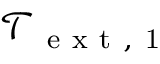
\mathcal { T } _ { \mathrm { ~ e ~ x ~ t ~ , ~ 1 ~ } }